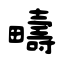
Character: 疇